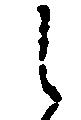
之